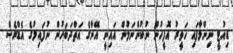
ޑިއުޓީ ނިންމާފައި ހަވީރު އޮފީހުން ނުކުންނަމުން އައިނީ އޭނާގެ އަތްދަބަހުން ނުފައިލުގެ އެޑްރެސް